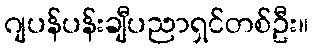
ဂျပန်ပန်းချီပညာရှင်တစ်ဦး။